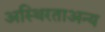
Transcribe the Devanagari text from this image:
अस्थिरताअन्य